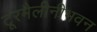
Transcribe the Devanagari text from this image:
टूरमैलीनीभवन